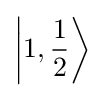
\left|1,{\frac {1}{2}}\right\rangle